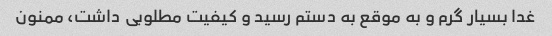
غدا بسیار گرم و به موقع به دستم رسید و کیفیت مطلوبی داشت، ممنون